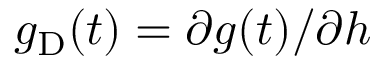
g _ { \mathrm { D } } ( t ) = \partial g ( t ) / \partial h